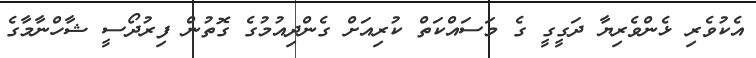
އެކުވެރި ޅެންވެރިޔާ ދަގީގީ ގެ މަސައްކަތް ކުރިއަށް ގެންދިއުމުގެ ގޮތުން ފިރުދޯސީ ޝާހްނާމާގެ